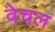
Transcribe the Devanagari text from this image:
वेचल